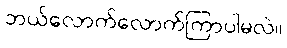
ဘယ်လောက်လောက်ကြာပါမလဲ။